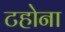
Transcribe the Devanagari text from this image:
टहोना